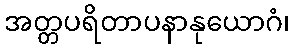
အတ္တပရိတာပနာနုယောဂံ၊